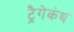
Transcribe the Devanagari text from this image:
ट्रैगेकंथ